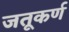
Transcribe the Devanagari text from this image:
जतूकर्ण